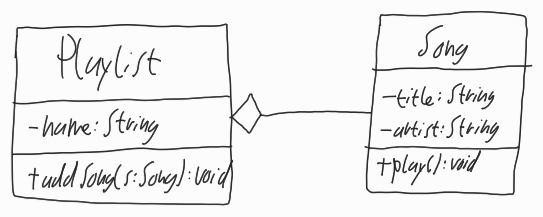
Diagram type: class_diagram
```plantuml
@startuml

class Playlist {
  - name: String
  + addSong(s: Song): void
}

class Song {
  - title: String
  - artist: String
  + play(): void
}

Playlist o-- Song

@enduml
```